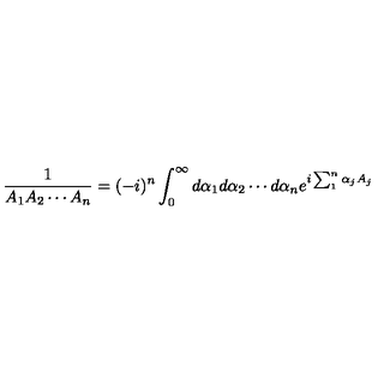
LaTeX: \frac { 1 } { A _ { 1 } A _ { 2 } \cdots A _ { n } } = ( - i ) ^ { n } \int _ { 0 } ^ { \infty } d \alpha _ { 1 } d \alpha _ { 2 } \cdots d \alpha _ { n } e ^ { i \sum _ { 1 } ^ { n } \alpha _ { j } A _ { j } }